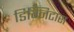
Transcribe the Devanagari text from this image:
डिग्निटास